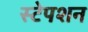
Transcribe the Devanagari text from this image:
स्‍टेपशन